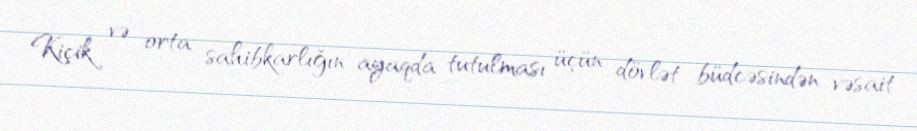
Kiçik və orta sahibkarlığın ayaqda tutulması üçün dövlət büdcəsindən vəsait